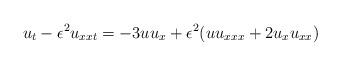
LaTeX: \begin{align*}u_t-\epsilon^2u_{xxt}=-3uu_x+\epsilon^2(uu_{xxx}+2u_xu_{xx})\end{align*}